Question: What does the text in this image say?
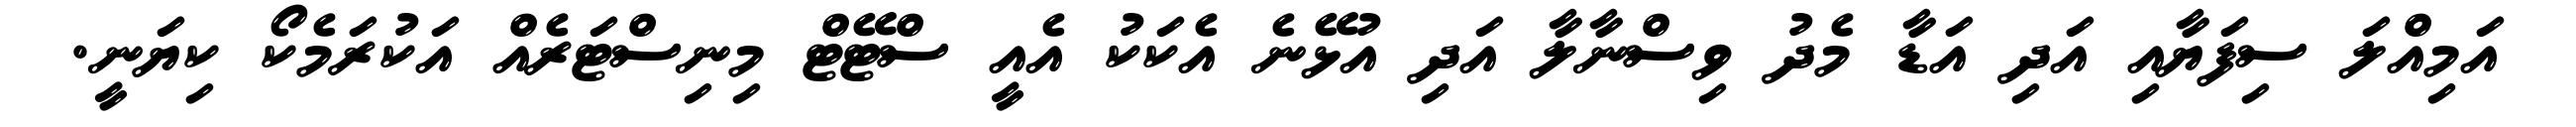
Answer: އަމިއްލަ ސިފަޔާއި އަދި އަޑާ މެދު ވިސްނާލާ އަދި އުޅޭނެ އެކަކު އެއީ ސްޓޭޓް މިނިސްޓަރެއް އަކުރަމެކޯ ކިޔަނީ.